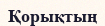
Қорықтың